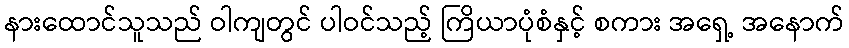
နားထောင်သူသည် ဝါကျတွင် ပါဝင်သည့် ကြိယာပုံစံနှင့် စကား အရှေ့ အနောက်